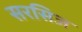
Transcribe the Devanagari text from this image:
सरसिज